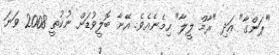
"ޕަންގާ" އަދި "ރާމް ލީލާ" ހިމެނެއެވެ. އޭނާ ބޮލީވުޑަށް ނުކުތީ 2008 ވަނަ